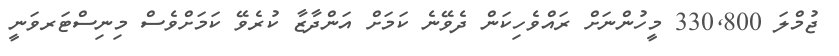
ޖުމްލަ 330